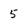
Character: 5